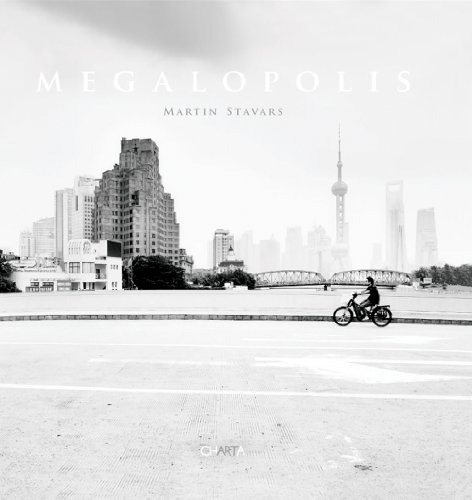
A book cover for Martin Stavars: Megalopolis; Martin Stavars; Arts & Photography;